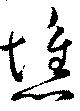
憔